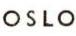
OSLO